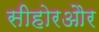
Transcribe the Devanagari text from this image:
सीहोरऔर